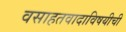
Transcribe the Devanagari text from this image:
वसाहतवादाविषयीची